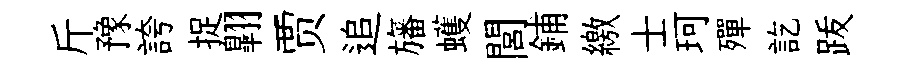
斤豫誇捉翺贾追旛蠖閭鋪繳士珂殫訖䟦